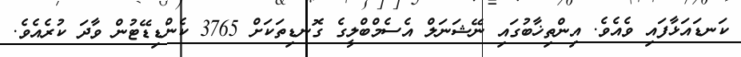
ކަނޑައަޅާފައި ވެއެވެ. އިންތިޚާބުގައި ނޭޝަނަލް އެސެމްބްލީގެ ގޮނޑިތަކަށް 3765 ކެންޑިޑޭޓުން ވާދަ ކުރެއެވެ.